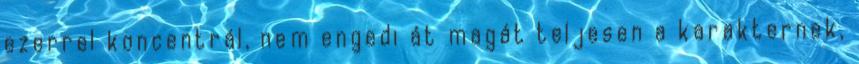
ezerrel koncentrál, nem engedi át magát teljesen a karakternek,